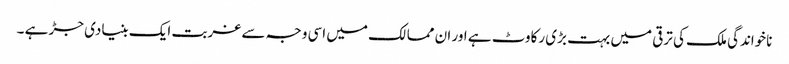
ناخواندگی ملک کی ترقی میں بہت بڑی رکاوٹ ہے اور ان ممالک میں اسی وجہ سے غربت ایک بنیادی جڑ ہے ۔